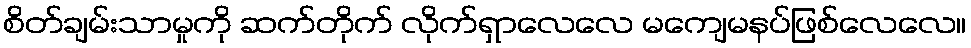
စိတ်ချမ်းသာမှုကို ဆက်တိုက် လိုက်ရှာလေလေ မကျေမနပ်ဖြစ်လေလေ။